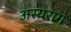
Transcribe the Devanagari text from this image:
अस्यराग